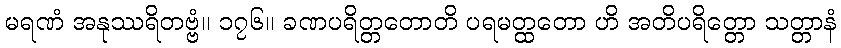
မရဏံ အနုဿရိတဗ္ဗံ။ ၁၇၆။ ခဏပရိတ္တတောတိ ပရမတ္ထတော ဟိ အတိပရိတ္တော သတ္တာနံ